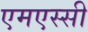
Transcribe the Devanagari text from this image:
एमएस्सी